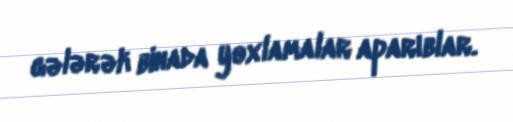
gələrək binada yoxlamalar aparıblar.